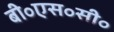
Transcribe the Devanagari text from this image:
बी॰एस॰सी॰